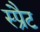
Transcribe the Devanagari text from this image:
स्प्रैट